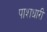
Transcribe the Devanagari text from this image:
पाशधारी